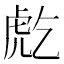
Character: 𧆫